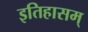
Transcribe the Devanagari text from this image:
इतिहासम्